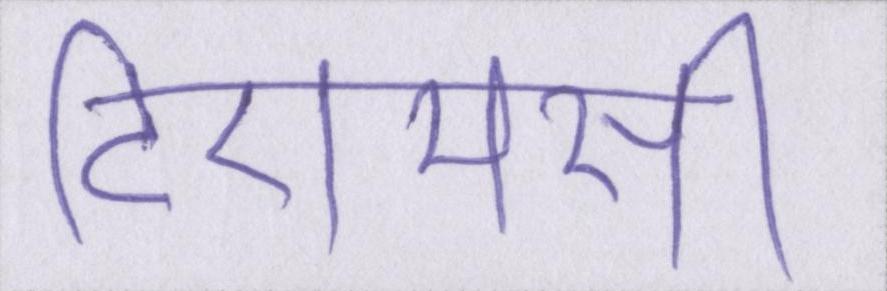
टीएमसी